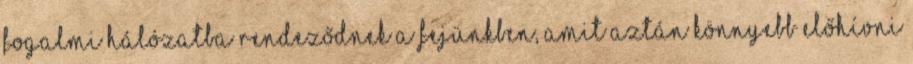
fogalmi hálózatba rendeződnek a fejünkben, amit aztán könnyebb előhívni